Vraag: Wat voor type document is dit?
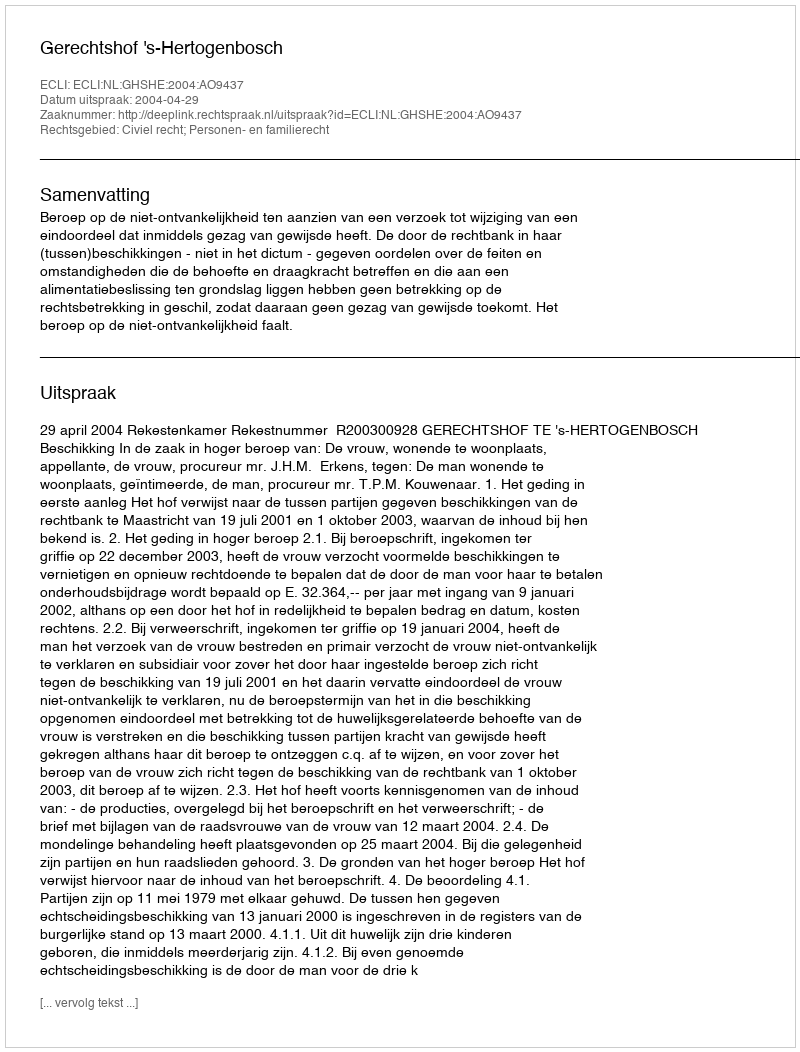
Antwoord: Uitspraak